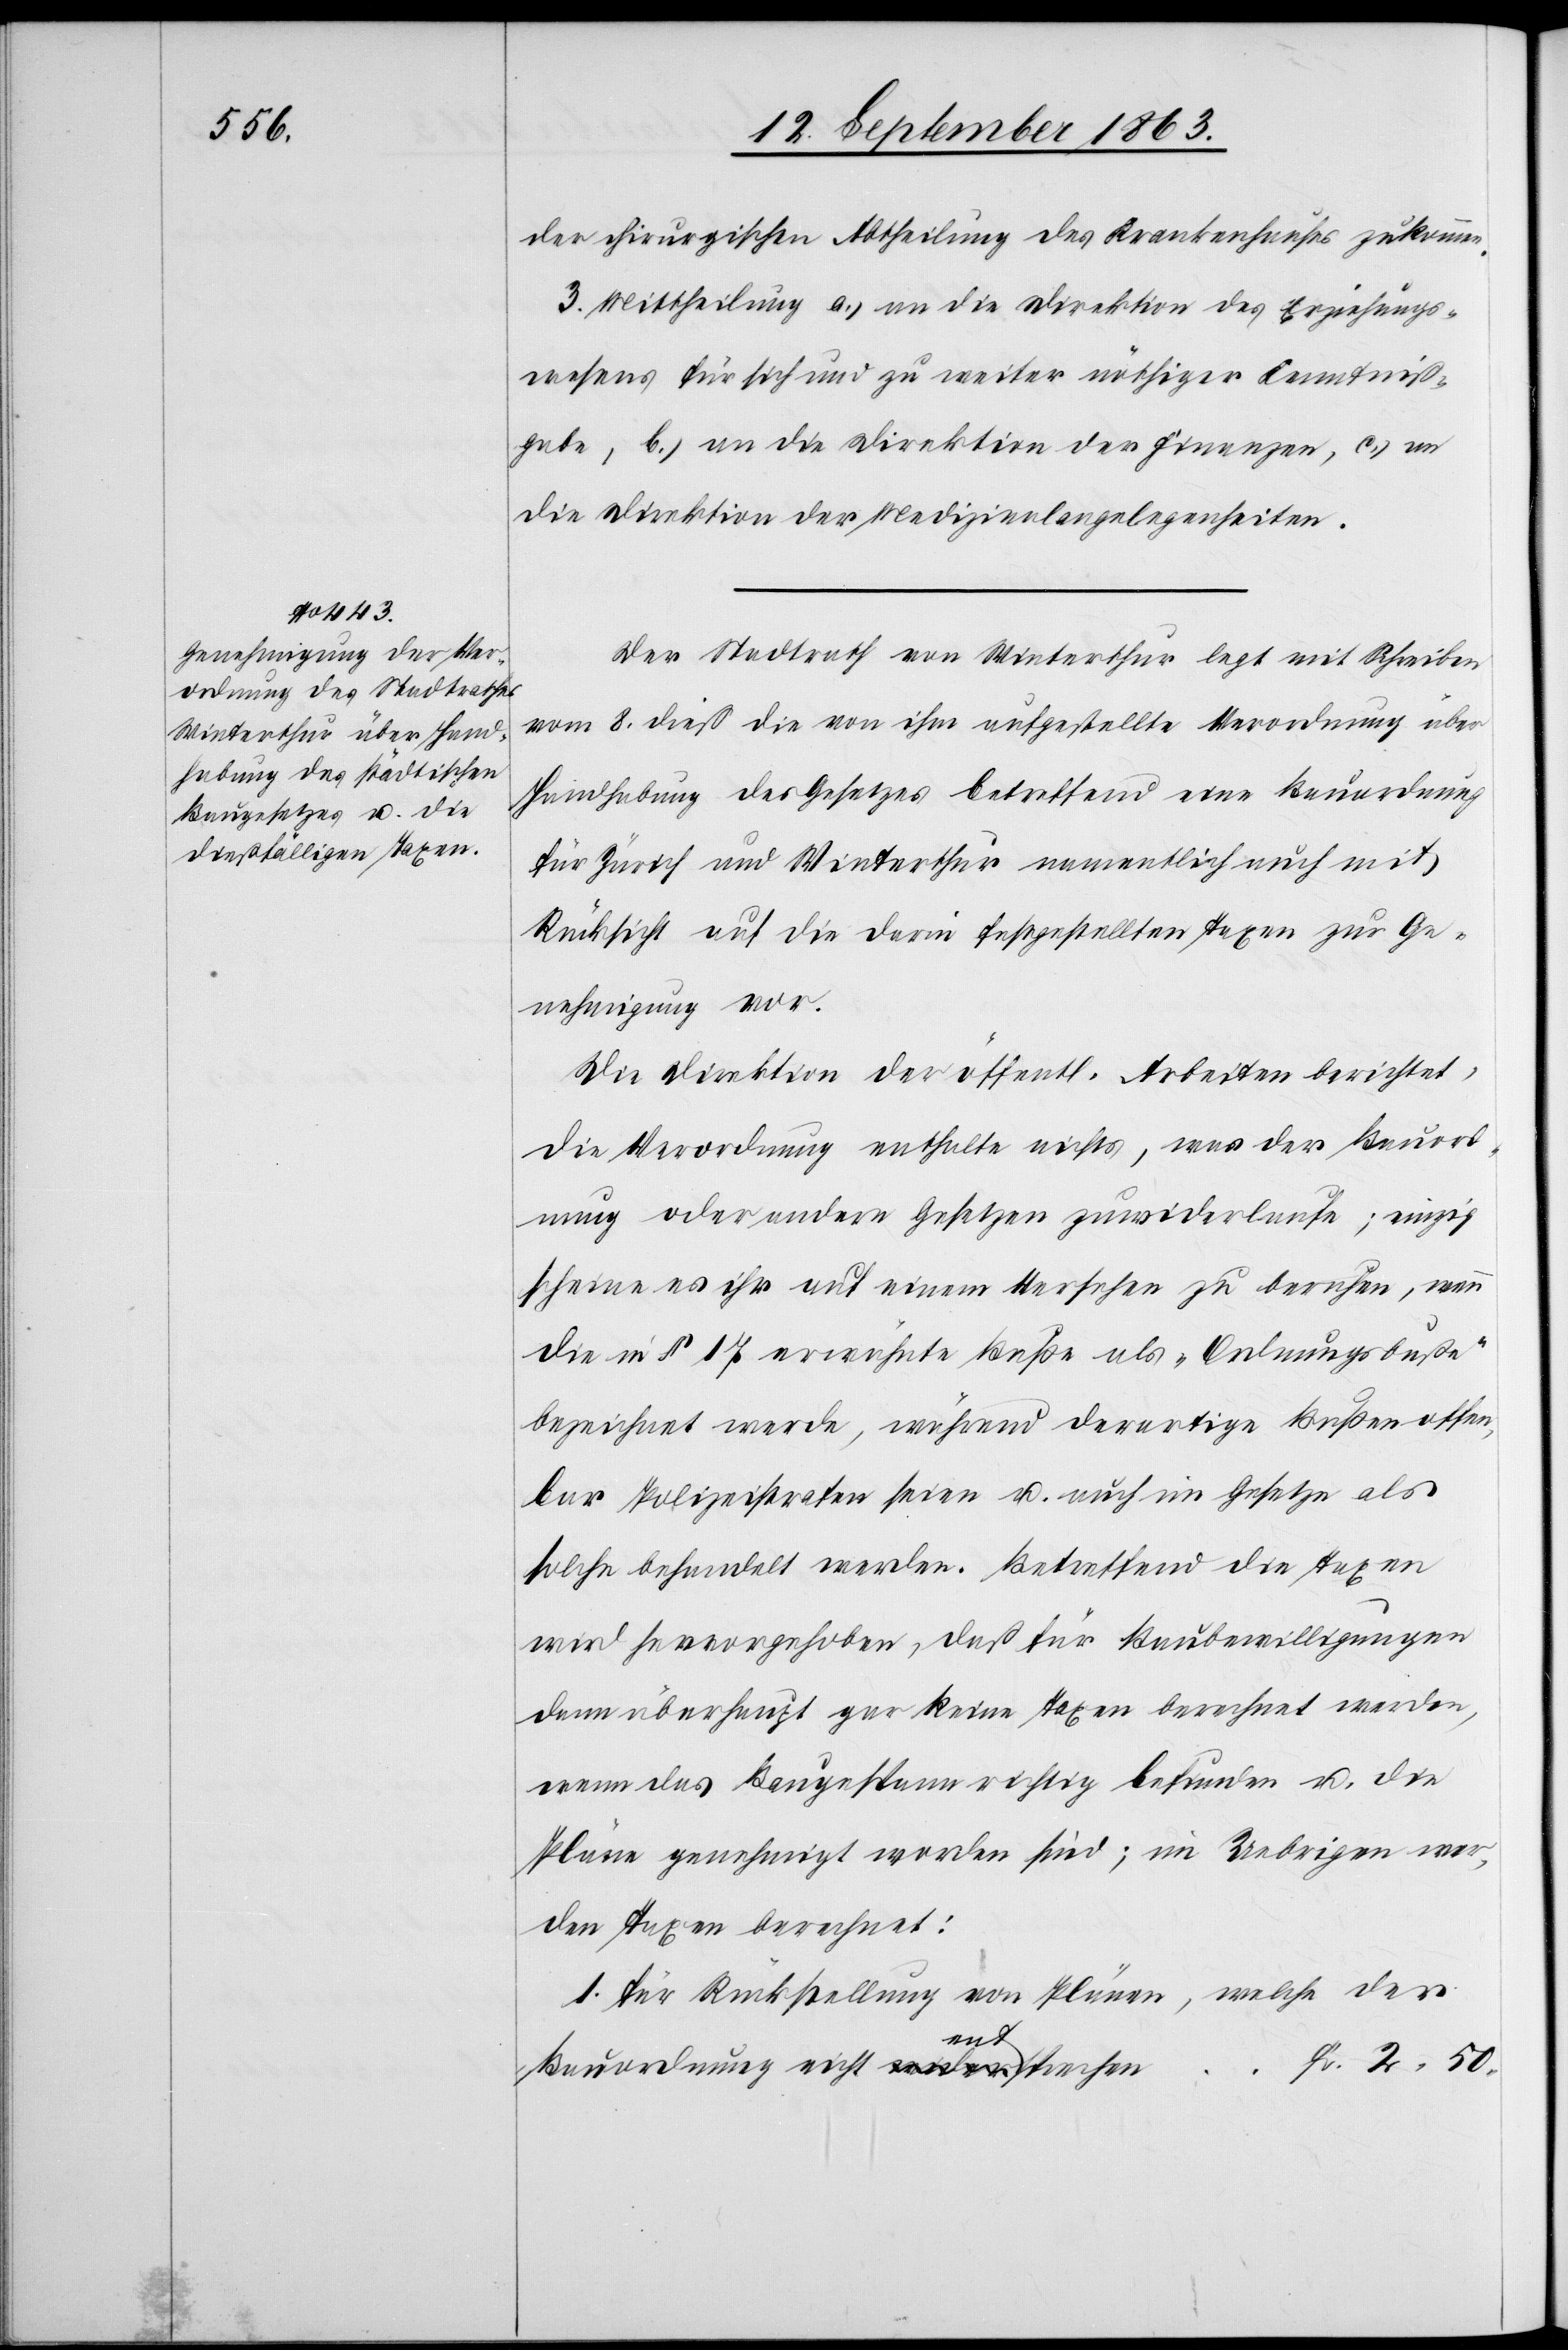
der chirurgischen Abtheilung des Krankenhauses zukommen.
3. Mittheilung a.) an die Direktion des Erziehungs¬
wesens für sich und zu weiter nöthiger Kenntniß¬
gabe, b.) an die Direktion der Finanzen, c.) an
die Direktion der Medizinalangelegenheiten.
Der Stadtrath von Winterthur legt mit Schreiben
vom 8. dieß die von ihm aufgestellte Verordnung über
Handhabung des Gesetzes betreffend eine Bauordnung
für Zürich und Winterthur namentlich auch mit
Rücksicht auf die darin festgestellten Taxen zur Ge¬
nehmigung vor.
Die Direktion der öffentl. Arbeiten berichtet,
die Verordnung enthalte nichts, was der Bauord¬
nung oder andern Gesetzen zuwiderlaufe; einzig
scheine es ihr auf einem Versehen zu beruhen, wenn
die in § 17 erwähnte Buße als „Ordnungsbuße“
bezeichnet werde, während derartige Bußen offen¬
bar Polizeistrafen seien u. auch im Gesetze als
solche behandelt werden. Betreffend die Taxen
wird hervorgehoben, daß für Baubewilligungen
denn überhaupt gar keine Taxen berechnet werden,
wenn das Baugespann richtig befunden u. die
Pläne genehmigt worden sind; im Uebrigen wer¬
den Taxen berechnet:
1.) für Rückstellung von Plänen, welche der
Fr. 2. 50.
Bauordnung nicht entsprechen